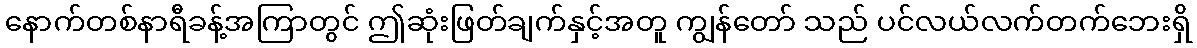
နောက်တစ်နာရီခန့်အကြာတွင် ဤဆုံးဖြတ်ချက်နှင့်အတူ ကျွန်တော် သည် ပင်လယ်လက်တက်ဘေးရှိ